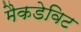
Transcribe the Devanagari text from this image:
मैकडेविट